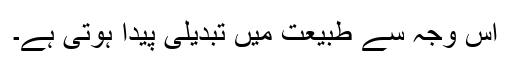
اس وجہ سے طبیعت میں تبدیلی پیدا ہوتی ہے۔